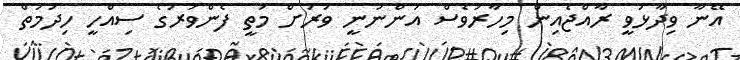
އޭނާ ވިދާޅުވީ ރާއްޖެއިން މިހާރުވެސް އަންނަނީ ވަރަށް މަތީ ފެންވަރުގެ ސިއްހީ ހިދުމަތް